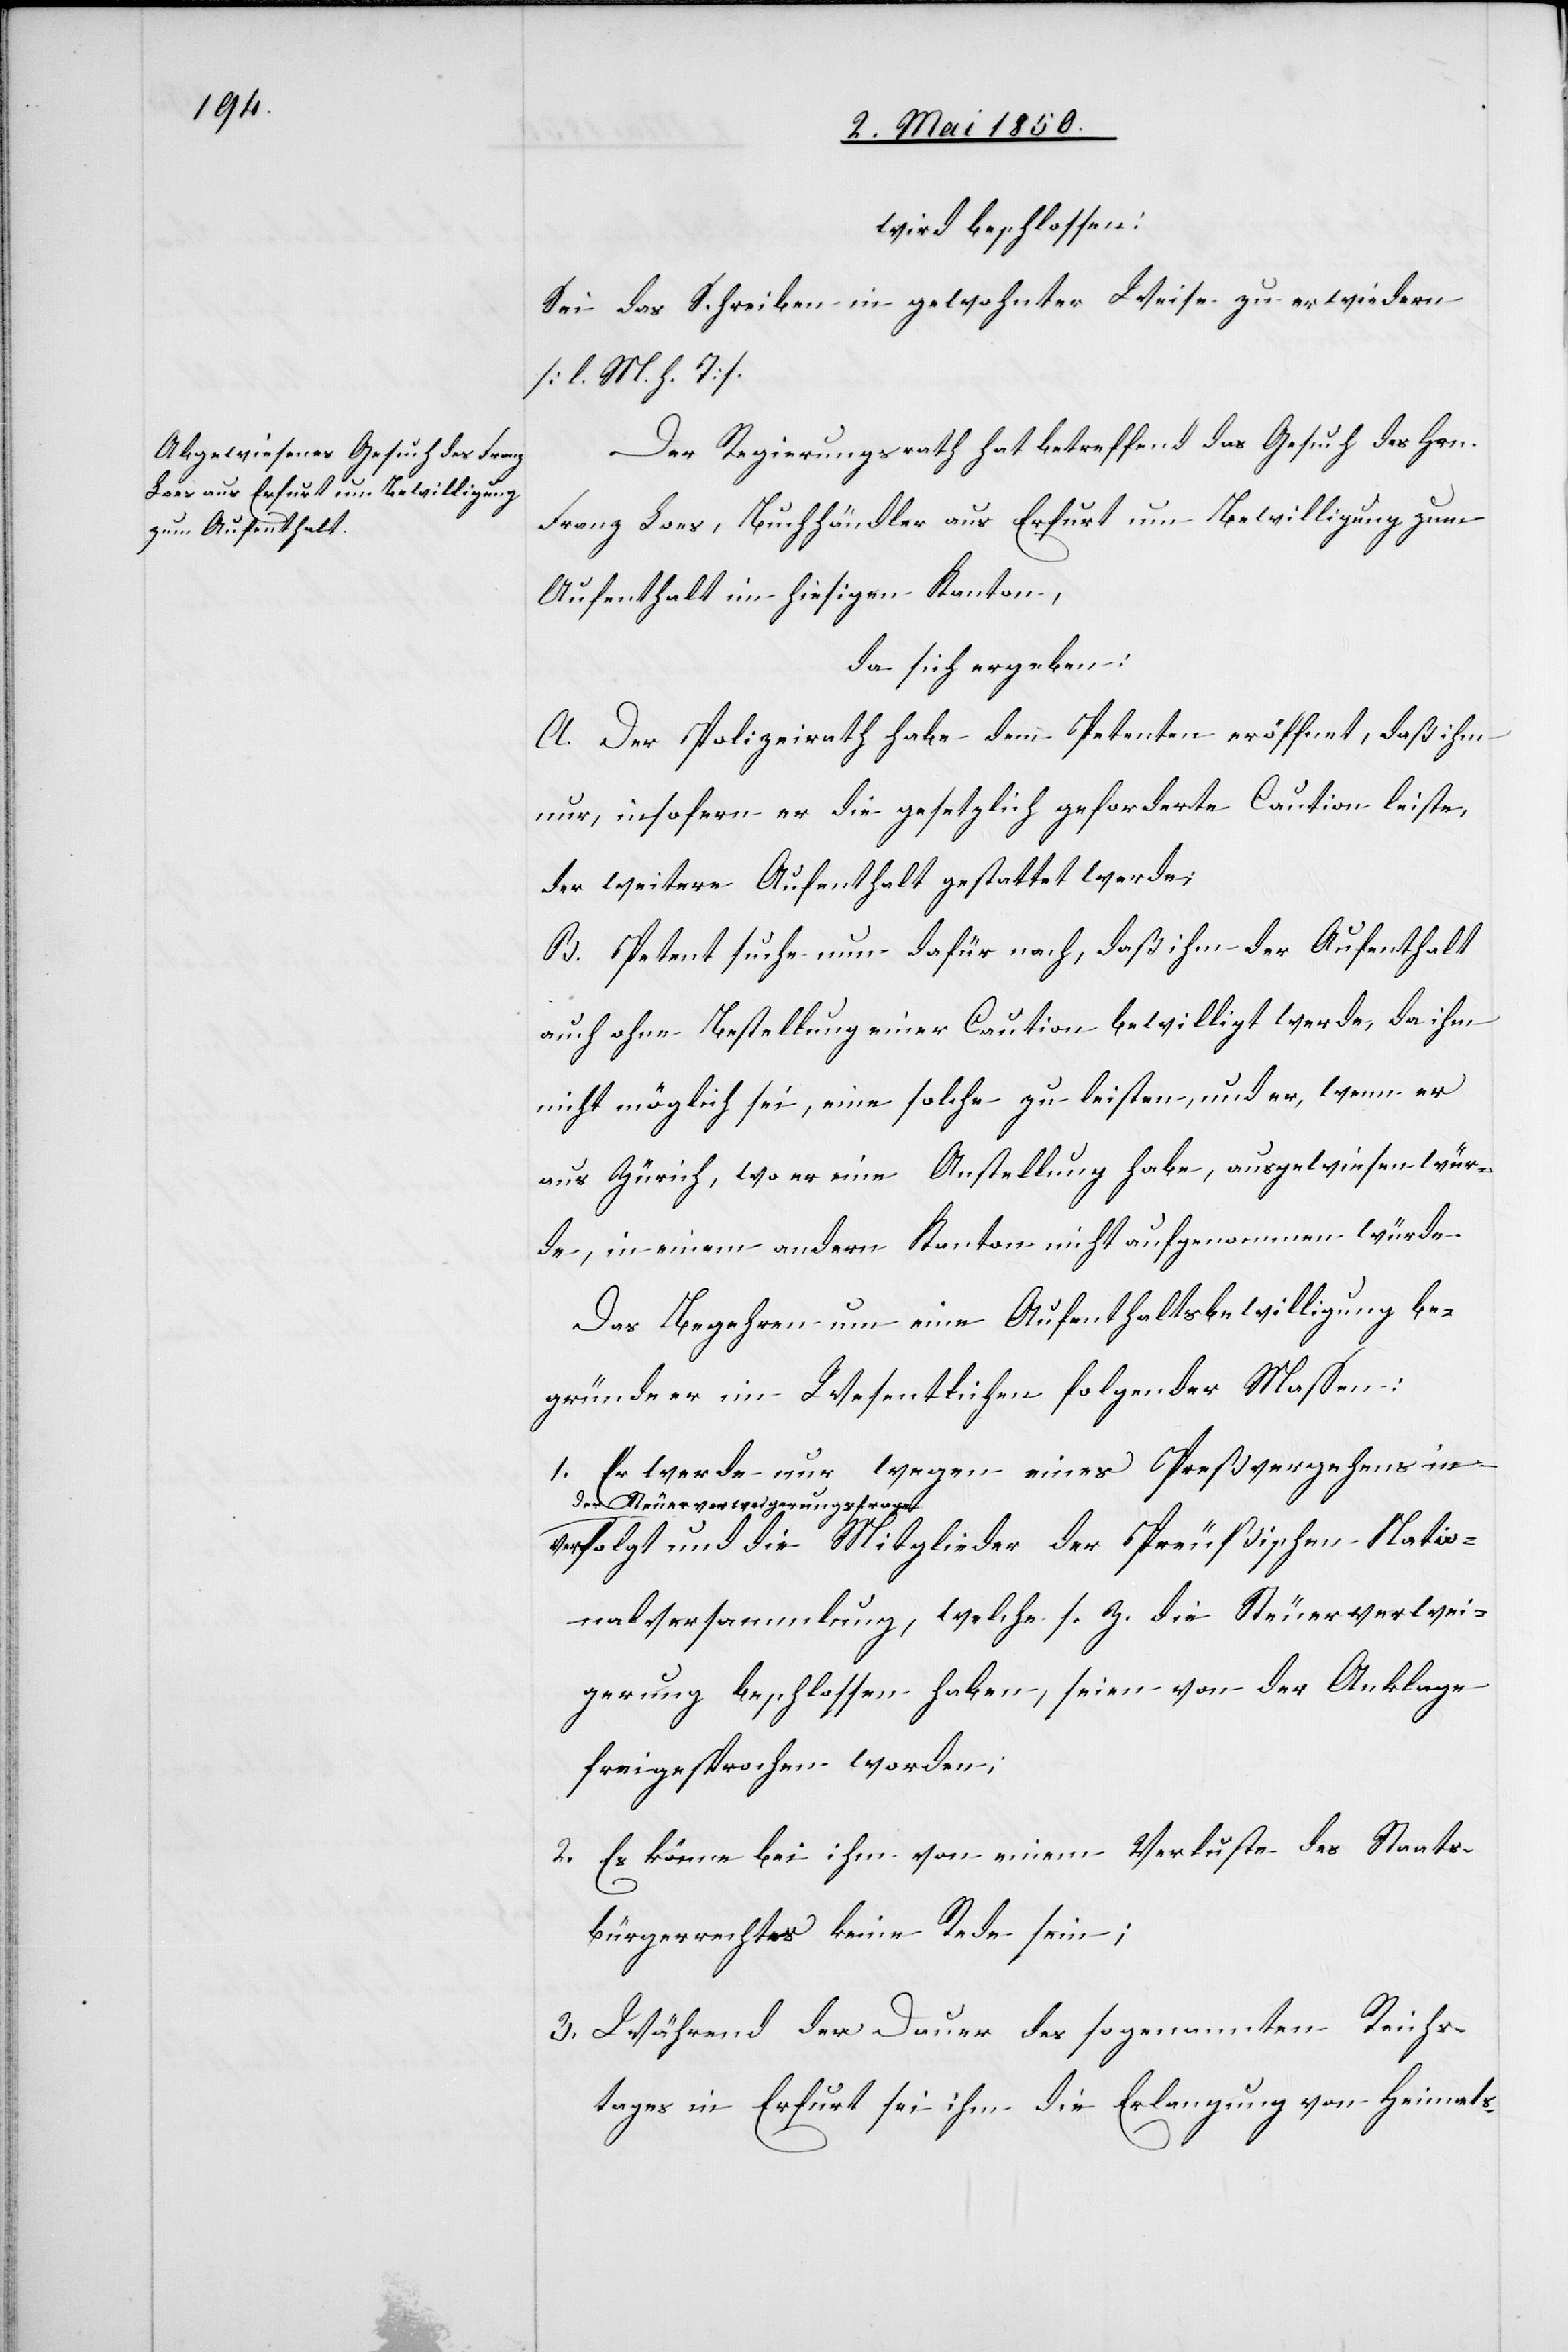
wird beschlossen:
Sei das Schreiben in gewohnter Weise zu erwiedern
[l. M. h. T].
Der Regierungsrath hat betreffend das Gesuch des Hrn.
Franz Loes, Buchhändler aus Erfurt um Bewilligung zum
Aufenthalt im hiesigen Kanton,
da sich ergeben:
A. der Polizeirath habe dem Petenten eröffnet, daß ihm
nur, insofern er die gesetzlich geforderte Caution leiste,
der weitere Aufenthalt gestattet werde;
B. Petent suche nun dafür nach, daß ihm der Aufenthalt
auch ohne Bestellung einer Caution bewilligt werde, da ihm
nicht möglich sei, eine solche zu leisten, und er, wenn er
aus Zürich, wo er eine Anstellung habe, ausgewiesen wür¬
de, in einem andern Kanton nicht aufgenommen würde.
Das Begehren um eine Aufenthaltsbewilligung be¬
gründe er im Wesentlichen folgender Massen:
1. Er werde nur wegen eines Preßvergehens in
der Steuerverweigerungsfrage
verfolgt und die Mitglieder der Preußischen Natio¬
nalversammlung, welche s. Z. die Steuerverwei¬
gerung beschlossen haben, seien von der Anklage
freigesprochen worden;
2. Es könne bei ihm von einem Verluste des Staats¬
bürgerrechtes keine Rede sein;
3. Während der Dauer des sogenannten Reichs¬
tages in Erfurt sei ihm die Erlangung von Heimats-